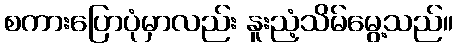
စကားပြောပုံမှာလည်း နူးညံ့သိမ်မွေ့သည်။